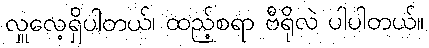
လှူလေ့ရှိပါတယ်၊ ထည့်စရာ ဗီရိုလဲ ပါပါတယ်။